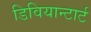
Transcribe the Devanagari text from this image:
डिवियान्टार्ट